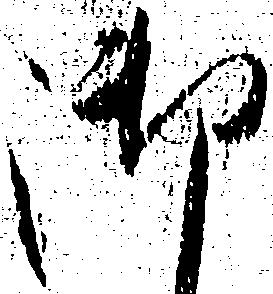
御